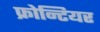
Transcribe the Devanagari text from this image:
फ्रोन्टियर